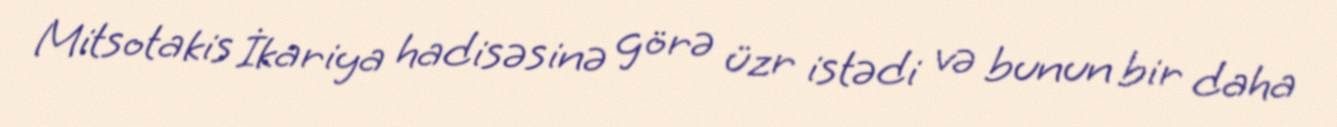
Mitsotakis İkariya hadisəsinə görə üzr istədi və bunun bir daha